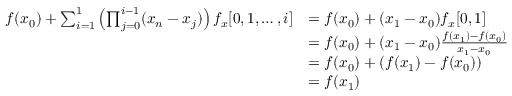
\begin{array} { r l } { f ( x _ { 0 } ) + \sum _ { i = 1 } ^ { 1 } \left( \prod _ { j = 0 } ^ { i - 1 } ( x _ { n } - x _ { j } ) \right) f _ { x } [ 0 , 1 , \dots , i ] } & { = f ( x _ { 0 } ) + ( x _ { 1 } - x _ { 0 } ) f _ { x } [ 0 , 1 ] } \\ & { = f ( x _ { 0 } ) + ( x _ { 1 } - x _ { 0 } ) \frac { f ( x _ { 1 } ) - f ( x _ { 0 } ) } { x _ { 1 } - x _ { 0 } } } \\ & { = f ( x _ { 0 } ) + \left( f ( x _ { 1 } ) - f ( x _ { 0 } ) \right) } \\ & { = f ( x _ { 1 } ) } \end{array}